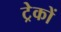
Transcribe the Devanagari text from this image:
ट्रेकों